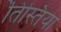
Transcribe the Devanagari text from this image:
तिस्तिया